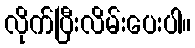
လိုက်ပြီးလိမ်းပေးပါ။